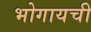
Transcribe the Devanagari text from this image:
भोगायची